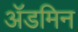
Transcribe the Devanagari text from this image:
ॲडमिन